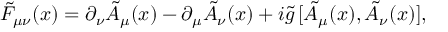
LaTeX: \tilde { F } _ { \mu \nu } ( x ) = \partial _ { \nu } \tilde { A } _ { \mu } ( x ) - \partial _ { \mu } \tilde { A } _ { \nu } ( x ) + i \tilde { g } \, [ \tilde { A } _ { \mu } ( x ) , \tilde { A } _ { \nu } ( x ) ] ,